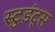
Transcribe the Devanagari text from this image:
स्टुडंट्‍स